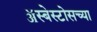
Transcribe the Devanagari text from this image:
ॲस्बेस्टोसच्या